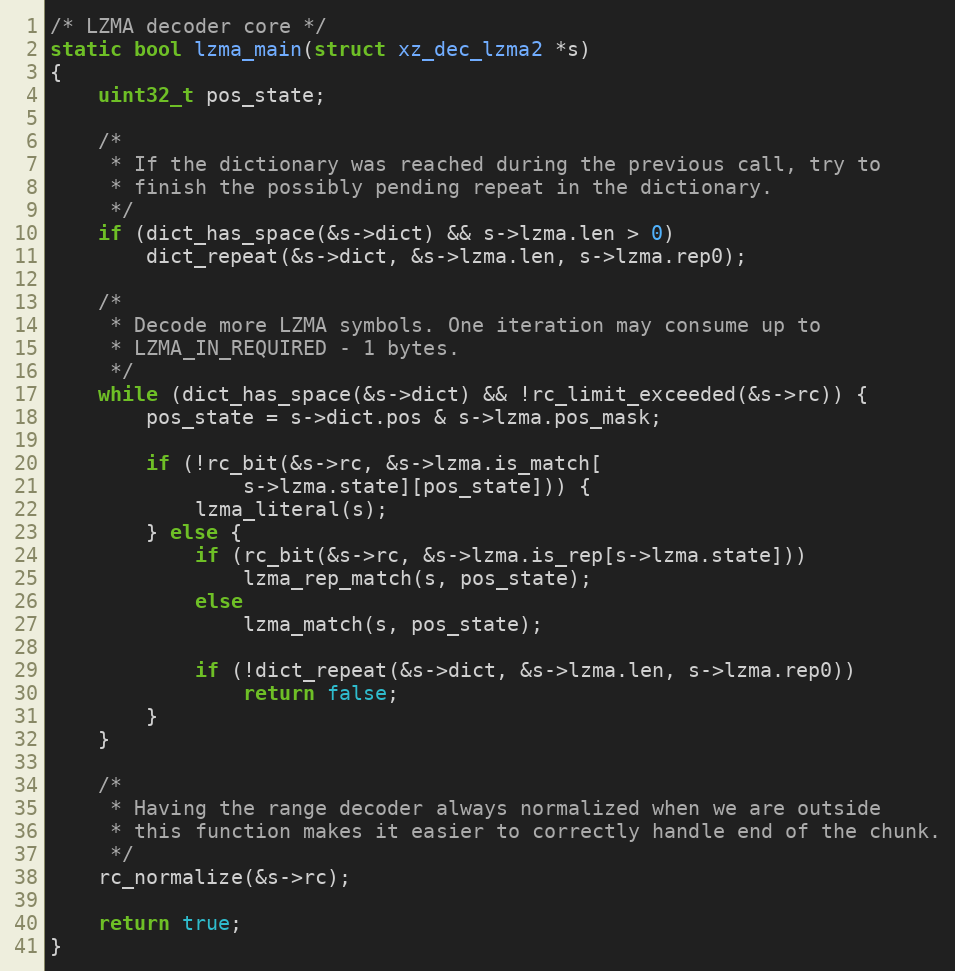
Language: C
/* LZMA decoder core */
static bool lzma_main(struct xz_dec_lzma2 *s)
{
    uint32_t pos_state;

    /*
     * If the dictionary was reached during the previous call, try to
     * finish the possibly pending repeat in the dictionary.
     */
    if (dict_has_space(&s->dict) && s->lzma.len > 0)
        dict_repeat(&s->dict, &s->lzma.len, s->lzma.rep0);

    /*
     * Decode more LZMA symbols. One iteration may consume up to
     * LZMA_IN_REQUIRED - 1 bytes.
     */
    while (dict_has_space(&s->dict) && !rc_limit_exceeded(&s->rc)) {
        pos_state = s->dict.pos & s->lzma.pos_mask;

        if (!rc_bit(&s->rc, &s->lzma.is_match[
                s->lzma.state][pos_state])) {
            lzma_literal(s);
        } else {
            if (rc_bit(&s->rc, &s->lzma.is_rep[s->lzma.state]))
                lzma_rep_match(s, pos_state);
            else
                lzma_match(s, pos_state);

            if (!dict_repeat(&s->dict, &s->lzma.len, s->lzma.rep0))
                return false;
        }
    }

    /*
     * Having the range decoder always normalized when we are outside
     * this function makes it easier to correctly handle end of the chunk.
     */
    rc_normalize(&s->rc);

    return true;
}